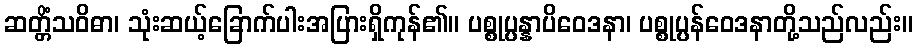
ဆတ္တိံသဝိဓာ၊ သုံးဆယ့်ခြောက်ပါးအပြားရှိကုန်၏။ ပစ္စုပ္ပန္နာပိဝေဒနာ၊ ပစ္စုပ္ပန်ဝေဒနာတို့သည်လည်း။